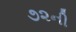
૭૨ની